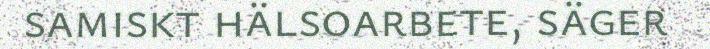
samiskt hälsoarbete, säger